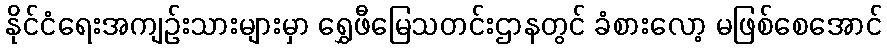
နိုင်ငံရေးအကျဉ်းသားများမှာ ရွှေဖီမြေသတင်းဌာနတွင် ခံစားလော့ မဖြစ်စေအောင်